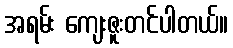
အရမ်း ကျေးဇူးတင်ပါတယ်။